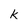
Character: k